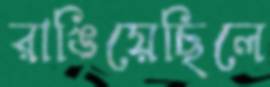
রাঙিয়েছিলে